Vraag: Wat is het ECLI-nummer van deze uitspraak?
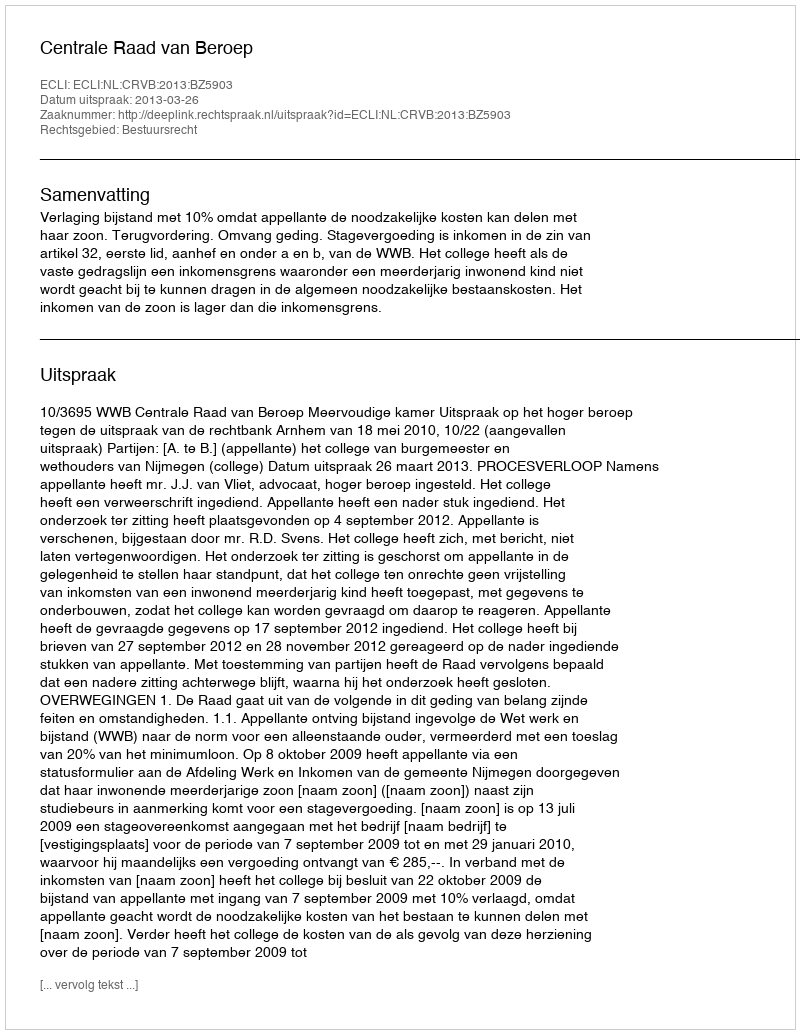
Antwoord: ECLI:NL:CRVB:2013:BZ5903